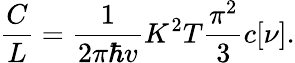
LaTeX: \frac{C}{L}=\frac{1}{2\pi\hbar v}K^{2}T\frac{\pi^{2}}{3}c[\nu].